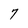
Character: 7